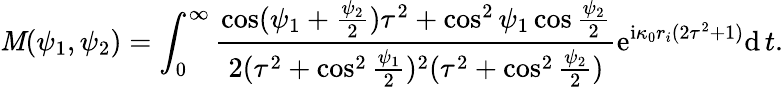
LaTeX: \mathit{M}(\psi_{1},\psi_{2})=\int_{0}^{\infty}\frac{{\cos(\psi_{1}+\frac{{\psi_{2}}}{{2}})\tau^{2}+\cos^{2}\psi_{1}\cos\frac{{\psi_{2}}}{{2}}}}{{2(\tau^{2}+\cos^{2}\frac{{\psi_{1}}}{{2}})^{2}(\tau^{2}+\cos^{2}\frac{{\psi_{2}}}{{2}})}}\mathrm{{e}}^{\mathrm{{i}}\kappa_{0}r_{i}(2\tau^{2}+1)}\mathrm{{d}}\, t.